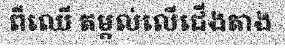
ពីឈើ តម្កល់លើជើងតាង